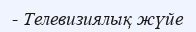
- Телевизиялық жүйе